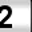
Digit: 2